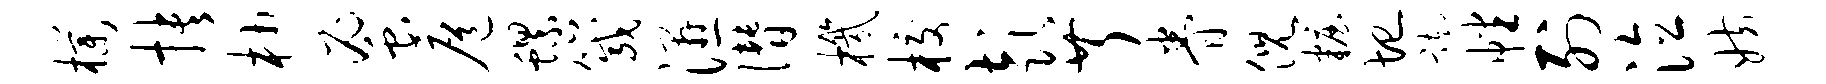
朴抉杪蜜扈螺箴湿僭机校彭芹眷倪妆圮踟幡列泣妨